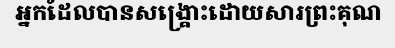
អ្នកដែលបានសង្គ្រោះដោយសារព្រះគុណ